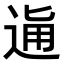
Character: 𨓛